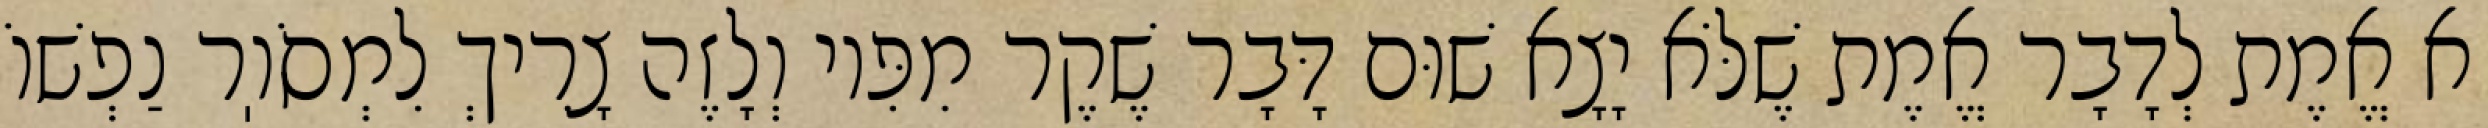
א אֱמֶת לְדָבָר אֱמֶת שֶׁלֹּא יָצָא שׁוּם דָּבָר שֶׁקֶר מִפִּיו וְלָזֶה צָרִיךְ לִמְסֹוֽר נַפְשׁוֹ